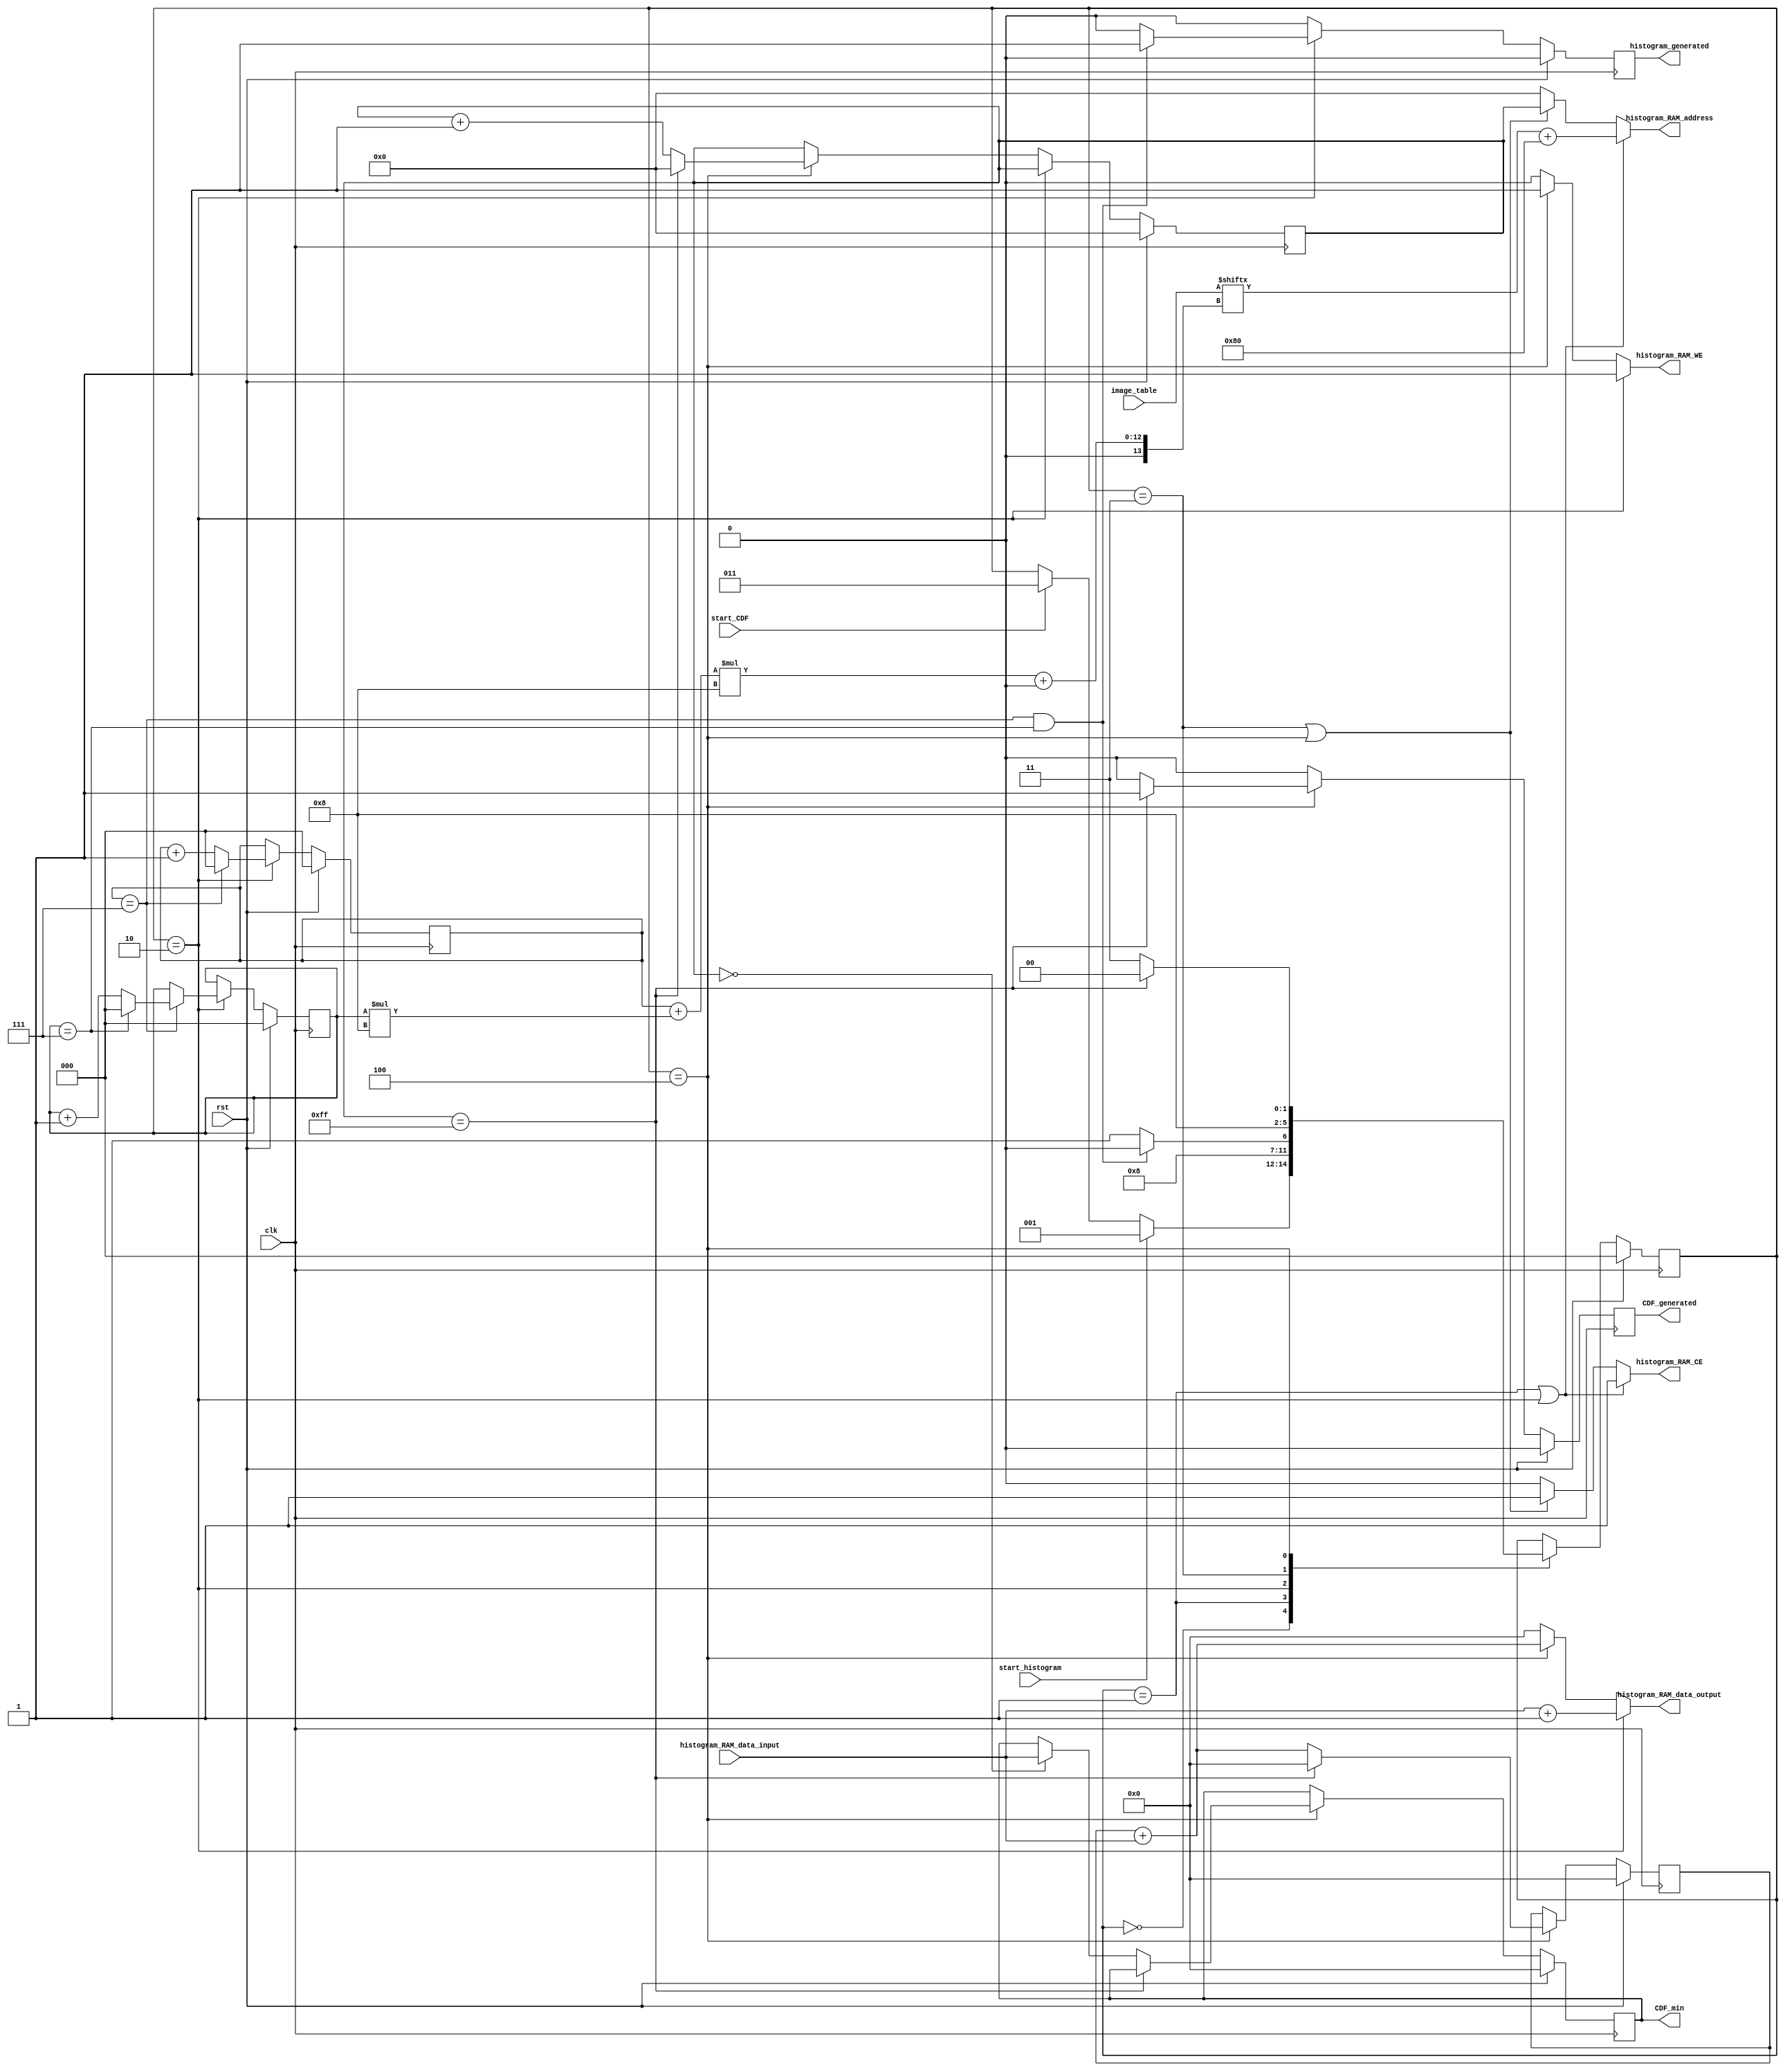
module Histogram_Generator
#(
    parameter IMAGE_WIDTH = 320,
    parameter IMAGE_HEIGHT = 240,
    parameter PIXEL_WIDTH = 8,
    parameter DC_OFFSET = 128,
    parameter TABLE_SIZE = 64,
    parameter HISTOGRAM_RAM_ADDRESS_WIDTH = PIXEL_WIDTH,
    parameter HISTOGRAM_RAM_DATA_WIDTH = $rtoi($ceil($clog2(IMAGE_WIDTH*IMAGE_HEIGHT)))
)(
    input clk, rst,
    input[TABLE_SIZE*PIXEL_WIDTH-1:0] image_table,
    input start_histogram, start_CDF,
    input[HISTOGRAM_RAM_DATA_WIDTH-1:0] histogram_RAM_data_input,
    output reg[HISTOGRAM_RAM_DATA_WIDTH-1:0] histogram_RAM_data_output,
    output reg[HISTOGRAM_RAM_ADDRESS_WIDTH-1:0] histogram_RAM_address,
    output reg histogram_RAM_CE, histogram_RAM_WE,
    output reg histogram_generated,
    output reg CDF_generated,
    output reg[HISTOGRAM_RAM_DATA_WIDTH-1:0] CDF_min
);
    //Constants
    localparam TABLE_EDGE_SIZE = $rtoi($sqrt(TABLE_SIZE));
    localparam TABLE_EDGE_INDEX_SIZE = $rtoi($ceil($clog2(TABLE_EDGE_SIZE)));
    
    //States
    localparam WAIT_FOR_COMMAND = 0;
    localparam READ_HISTOGRAM = 1;
    localparam WRITE_HISTOGRAM = 2;
    localparam READ_CDF = 3;
    localparam WRITE_CDF = 4;

    //Registers
    reg[2:0] state;
    reg[TABLE_EDGE_INDEX_SIZE-1:0] table_width_index;
    reg[TABLE_EDGE_INDEX_SIZE-1:0] table_height_index;
    reg[HISTOGRAM_RAM_ADDRESS_WIDTH-1:0] CDF_index;
    reg[HISTOGRAM_RAM_DATA_WIDTH-1:0] CDF;

    //Control signals
    always @(*) begin
        histogram_RAM_data_output <= {HISTOGRAM_RAM_DATA_WIDTH{1'b0}};
        histogram_RAM_address <= {HISTOGRAM_RAM_ADDRESS_WIDTH{1'b0}};
        histogram_RAM_CE <= 1'b0;
        histogram_RAM_WE <= 1'b0;

        if(state == READ_HISTOGRAM || state == WRITE_HISTOGRAM) begin
            histogram_RAM_CE <= 1'b1;
            histogram_RAM_address <= image_table[(table_width_index + table_height_index*TABLE_EDGE_SIZE)*PIXEL_WIDTH +: PIXEL_WIDTH] + DC_OFFSET;
        end else if(state == READ_CDF || state == WRITE_CDF) begin
            histogram_RAM_CE <= 1'b1;
            histogram_RAM_address <= CDF_index;            
        end
        
        if(state == WRITE_HISTOGRAM) begin
            histogram_RAM_data_output <= histogram_RAM_data_input + 1;
            histogram_RAM_WE <= 1'b1;
        end else if(state == WRITE_CDF) begin
            histogram_RAM_data_output <= CDF + histogram_RAM_data_input;
            histogram_RAM_WE <= 1'b1;
        end
    end

    //State control
    always @(posedge clk) begin
        if(rst) begin
            state <= WAIT_FOR_COMMAND;
            CDF <= {HISTOGRAM_RAM_DATA_WIDTH{1'b0}};
            histogram_generated <= 1'b0;
            CDF_generated <= 1'b0;
            CDF_min <= {HISTOGRAM_RAM_DATA_WIDTH{1'b0}};
        end else begin
            histogram_generated <= 1'b0;
            CDF_generated <= 1'b0;
        
            case(state)
                WAIT_FOR_COMMAND: begin
                    if(start_histogram) begin
                        state <= READ_HISTOGRAM;
                    end else if(start_CDF) begin
                        state <= READ_CDF;
                    end
                end
                READ_HISTOGRAM: begin
                    state <= WRITE_HISTOGRAM;
                end
                WRITE_HISTOGRAM: begin
                    if(table_width_index == TABLE_EDGE_SIZE-1 && table_height_index == TABLE_EDGE_SIZE-1) begin
                        state <= WAIT_FOR_COMMAND;
                        histogram_generated <= 1'b1;
                    end else begin
                        state <= READ_HISTOGRAM;
                    end
                end
                READ_CDF: begin
                    state <= WRITE_CDF;
                end
                WRITE_CDF: begin
                    CDF <= CDF + histogram_RAM_data_input;
                
                    if(CDF_index == 2**HISTOGRAM_RAM_ADDRESS_WIDTH-1) begin
                        state <= WAIT_FOR_COMMAND;
                        CDF <= {HISTOGRAM_RAM_DATA_WIDTH{1'b0}};
                        CDF_generated <= 1'b1;
                    end else begin
                        if(CDF_index == {HISTOGRAM_RAM_ADDRESS_WIDTH{1'b0}})
                            CDF_min <= histogram_RAM_data_input;
                            
                        state <= READ_CDF;
                    end
                end
                
            endcase
        end
    end

    //Index increment
    always @(posedge clk) begin
        if(rst) begin
            table_width_index <= {TABLE_EDGE_INDEX_SIZE{1'b0}};
            table_height_index <= {TABLE_EDGE_INDEX_SIZE{1'b0}};
            CDF_index <= {HISTOGRAM_RAM_ADDRESS_WIDTH{1'b0}};
        end else begin
            if(state == WRITE_HISTOGRAM) begin
                if(table_width_index == TABLE_EDGE_SIZE-1) begin
                    table_width_index <= {TABLE_EDGE_INDEX_SIZE{1'b0}};
                
                    if(table_height_index == TABLE_EDGE_SIZE-1) begin
                        table_height_index <= {TABLE_EDGE_INDEX_SIZE{1'b0}};
                    end else begin
                        table_height_index <= table_height_index + 1;
                    end
                end else begin
                    table_width_index <= table_width_index + 1;
                end
            end else if (state == WRITE_CDF) begin
                if(CDF_index == 2**HISTOGRAM_RAM_ADDRESS_WIDTH-1) begin
                    CDF_index <= {HISTOGRAM_RAM_ADDRESS_WIDTH{1'b0}};
                end else begin
                    CDF_index <= CDF_index + 1;
                end
            end
        end
    end

endmodule